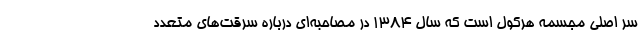
سر اصلی مجسمه هرکول است که سال ۱۳۸۴ در مصاحبه‌ای درباره سرقت‌های متعدد